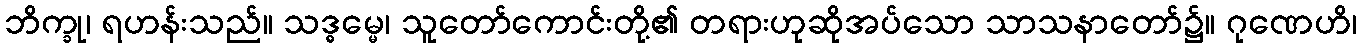
ဘိက္ခု၊ ရဟန်းသည်။ သဒ္ဓမ္မေ၊ သူတော်ကောင်းတို့၏ တရားဟုဆိုအပ်သော သာသနာတော်၌။ ဂုဏေဟိ၊